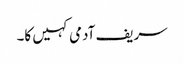
سریف آدمی کہیں کا۔